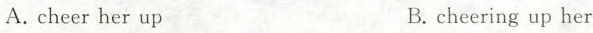
A.cheer her up B.cheering up her